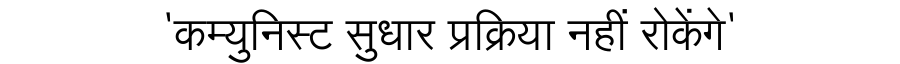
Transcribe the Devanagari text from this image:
'कम्युनिस्ट सुधार प्रक्रिया नहीं रोकेंगे'